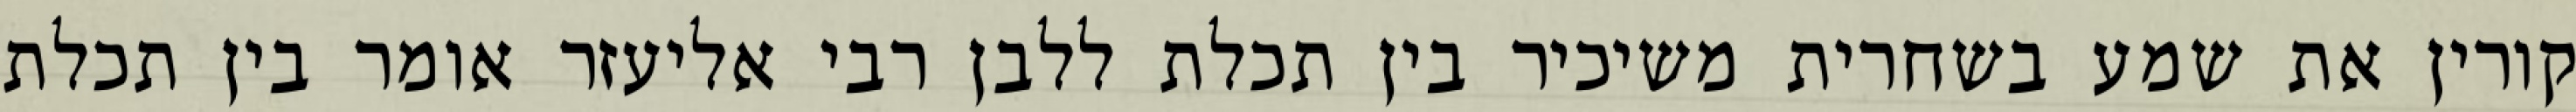
קורין את שמע בשחרית משיכיר בין תכלת ללבן רבי אליעזר אומר בין תכלת